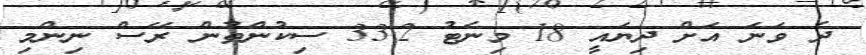
ދެ ވަނަ އަށް ދިޔައީ 18 މިނެޓު 33.2 ސިކުންތުން ރޭސް ނިންމި